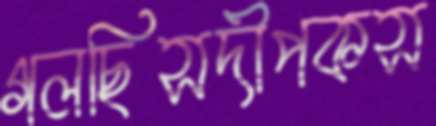
গলছিসদীপকস